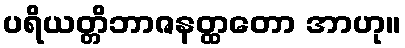
ပရိယတ္တိဘာဇနတ္ထတော အာဟု။